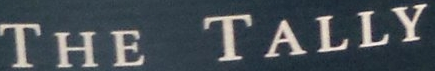
THE TALLY